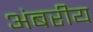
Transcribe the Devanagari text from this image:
अंबरीय